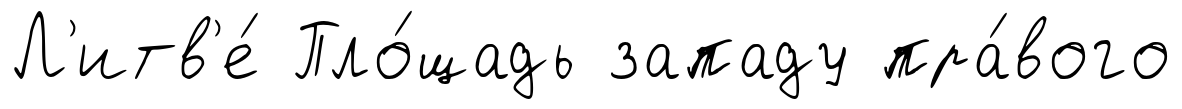
Л'итв'е́ Пло́щадь западу пра́вого